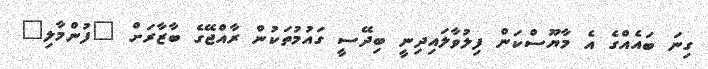
ގިނަ ބައެއްގެ އެ މާޔޫސްކަން ފިލުވާލައިދިނީ ބިދޭސީ ގައުމުތަކުން ރާއްޖޭގެ ބާޒާރަށް "ފުންމާލި"